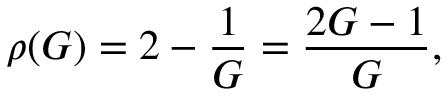
\rho ( G ) = 2 - \frac { 1 } { G } = \frac { 2 G - 1 } { G } ,